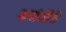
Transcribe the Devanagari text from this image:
भ्रमंतीचे